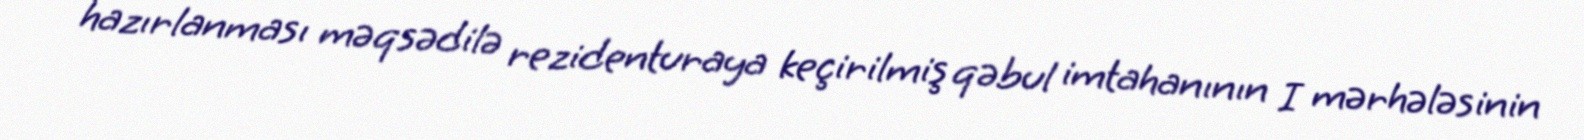
hazırlanması məqsədilə rezidenturaya keçirilmiş qəbul imtahanının I mərhələsinin